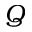
Q